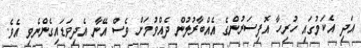
އަދި އެކަމުގައި ހުރިހާ އޮފިސަރުންގެ އެއްބާރުލުން ދެއްވުމަށް ވެސް އޭނާ އެދިވަޑައިގެންނެވި އެވެ.